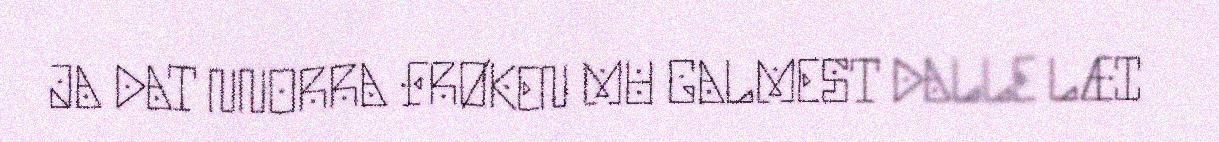
JA DAT NNORRA FRØKEN MU GALMEST DALLE LÆI